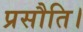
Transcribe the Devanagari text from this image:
प्रसौति।